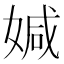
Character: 㛾